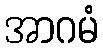
အာဂမံ